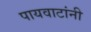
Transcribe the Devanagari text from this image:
पायवाटांनी